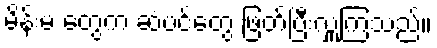
မိန်းမ တွေက ဆံပင်တွေ ဖြတ်ပြီးလှူကြသည်။